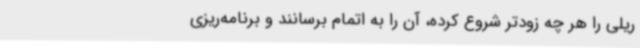
ریلی را هر چه زودتر شروع کرده، آن را به اتمام برسانند و برنامه‌ریزی